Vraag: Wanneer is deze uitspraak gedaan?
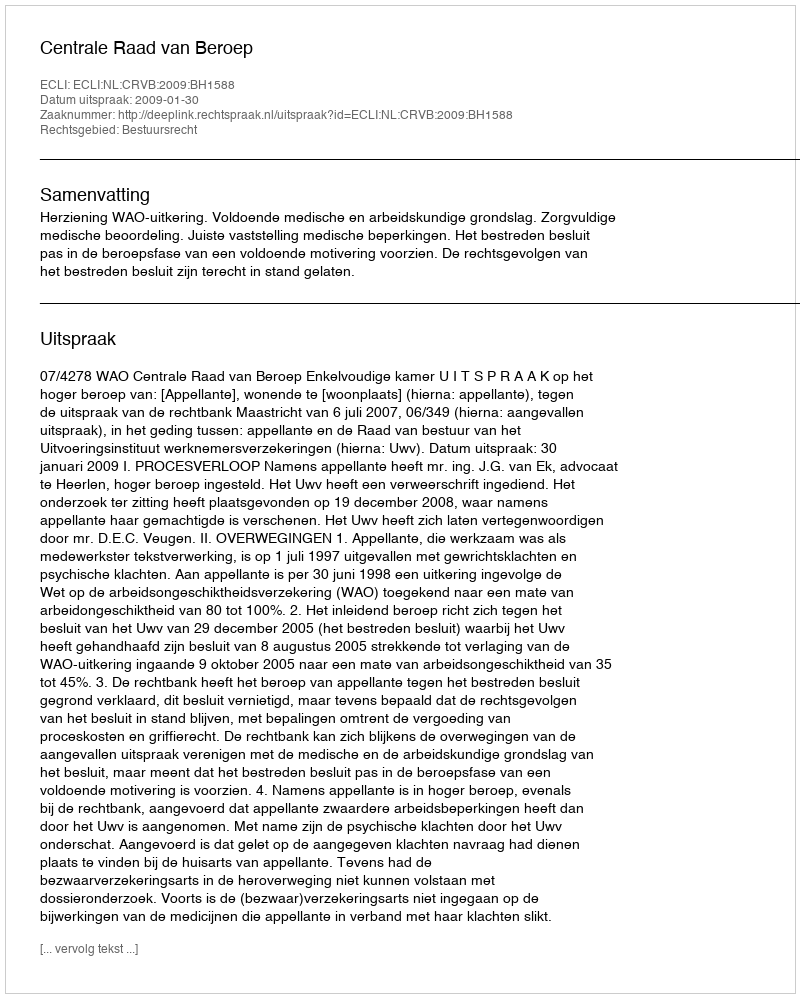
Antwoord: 2009-01-30